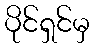
ပိုင်ရှင်မှ